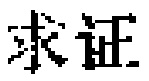
求证